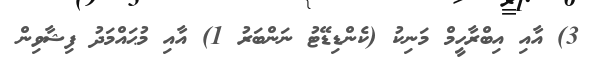
3) އާއި އިބްރާހީމް މަނިކު (ކެންޑިޑޭޓު ނަންބަރު 1) އާއި މުޙައްމަދު ފިޝާވިން